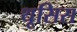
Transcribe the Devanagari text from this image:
थूसिस